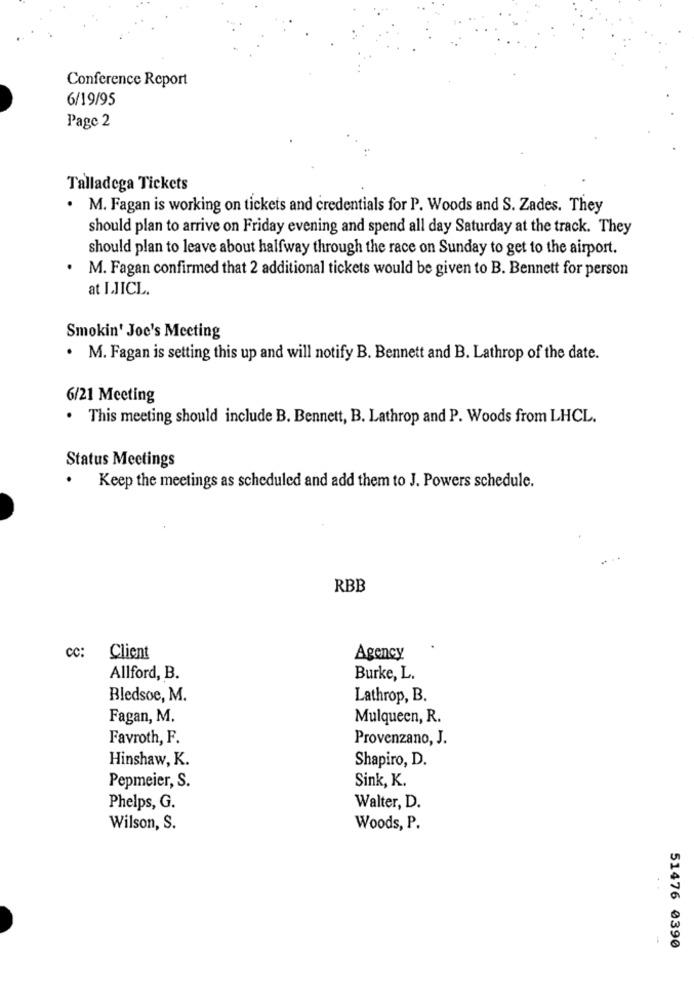
Conference Report
6/19/95
Pago 2
Talladega Tickets
. M. Fagan is working on tickets and credentials for P. Woods and S. Zades. They
should plan to arrive on Friday evening and spend all day Saturday at the track. They
should plan to leave about halfway through the race on Sunday to get to the airport.
M. Fagan confirmed that 2 additional tickets would be given to B. Bennett for person
at LJICL.
Smokin' Joe's Meeting
. M. Fagan is setting this up and will notify B. Bennett and B. Lathrop of the date.
6/21 Meeting
. This meeting should include B. Bennett, B. Lathrop and P. Woods from LHCL.
Status Meetings
.
Keep the meetings as scheduled and add them to J. Powers schedule.
RBB
cc:
Client
Agency
Allford, B.
Burke, L.
Bledsoe, M.
Lathrop, B.
Fagan, M.
Mulqueen, R.
Favroth, F.
Provenzano, J.
Hinshaw, K.
Shapiro, D.
Sink, K.
Pepmeier, S.
Phelps, G.
Walter, D.
Wilson, S.
Woods, P.
51476 0390